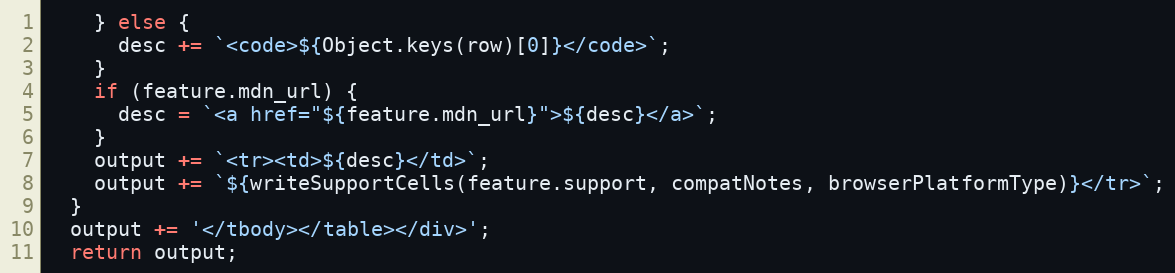
Language: JavaScript
    } else {
      desc += `<code>${Object.keys(row)[0]}</code>`;
    }
    if (feature.mdn_url) {
      desc = `<a href="${feature.mdn_url}">${desc}</a>`;
    }
    output += `<tr><td>${desc}</td>`;
    output += `${writeSupportCells(feature.support, compatNotes, browserPlatformType)}</tr>`;
  }
  output += '</tbody></table></div>';
  return output;